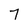
Character: 7